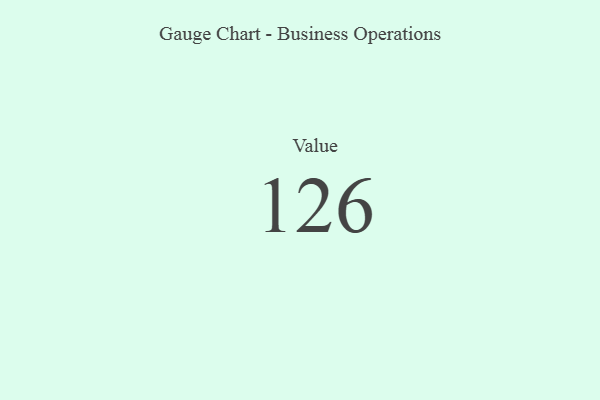
{"axis": {"x": "Metric", "y": "Value"}, "legend": [""], "data": [{"x": "Value", "y": 126, "type": ""}]}